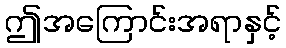
ဤအကြောင်းအရာနှင့်